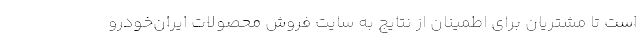
است تا مشتریان برای اطمینان از نتایج به سایت فروش محصولات ایران‌خودرو